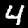
Digit: 4